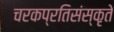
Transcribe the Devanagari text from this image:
चरकप्रतिसंस्कृते